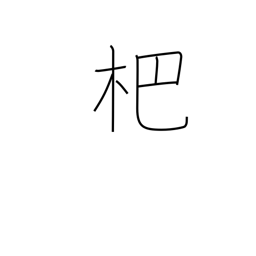
Meaning: kind of rake